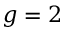
g = 2